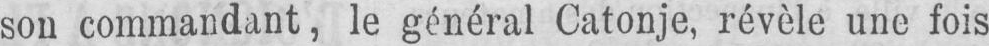
sou commandant, le général Catonje, révèle une fois